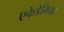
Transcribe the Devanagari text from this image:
एकेडेमिया